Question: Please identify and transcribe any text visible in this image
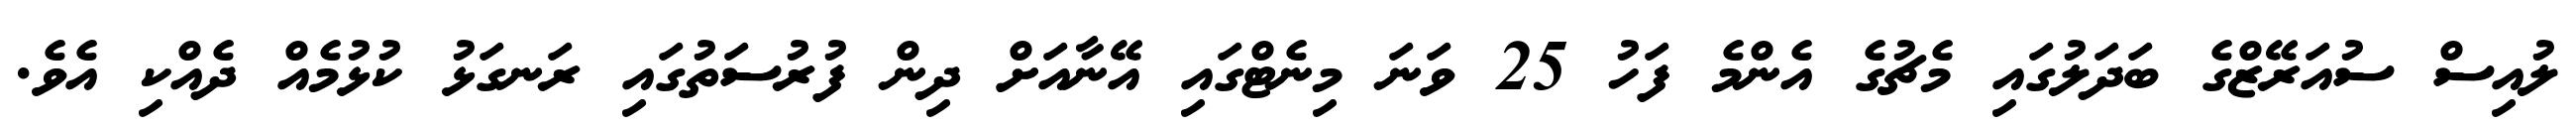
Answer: ލުއިސް ސުއަރޭޒްގެ ބަދަލުގައި މެޗުގެ އެންމެ ފަހު 25 ވަނަ މިނެޓްގައި އޭނާއަށް ދިން ފުރުސަތުގައި ރަނގަޅު ކުޅުމެއް ދެއްކި އެވެ.